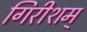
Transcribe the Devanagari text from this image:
गिरीशम्